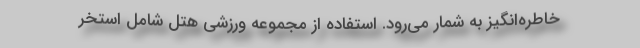
خاطره‌انگیز به شمار می‌رود. استفاده از مجموعه ورزشی هتل شامل استخر